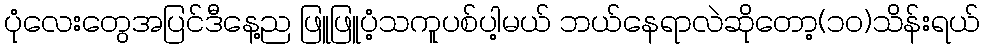
ပုံလေးတွေအပြင်ဒီနေ့ည ဖြူဖြူပံ့သကူပစ်ပါ့မယ် ဘယ်နေရာလဲဆိုတော့(၁၀)သိန်းရယ်